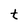
Character: t